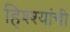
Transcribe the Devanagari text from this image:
हिश्श्यांची